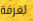
لغرفة